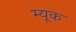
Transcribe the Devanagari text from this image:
म्यूक